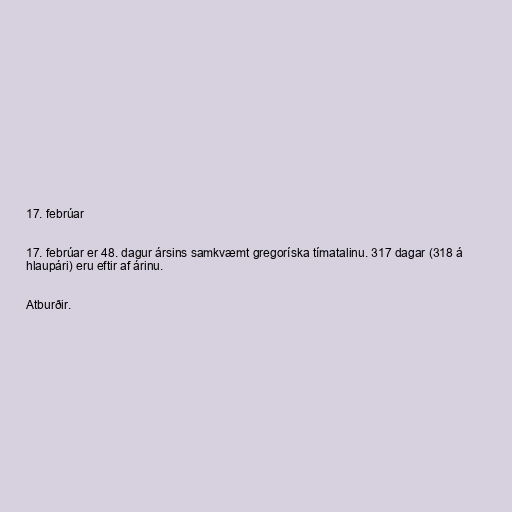
17. febrúar

17. febrúar er 48. dagur ársins samkvæmt gregoríska tímatalinu. 317 dagar (318 á
hlaupári) eru eftir af árinu.

Atburðir.